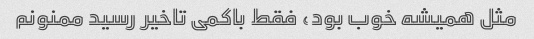
مثل همیشه خوب بود، فقط باکمی تاخیر رسید ممنونم